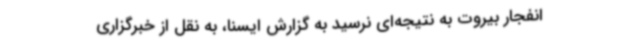
انفجار بیروت به نتیجه‌ای نرسید به گزارش ایسنا، به نقل از خبرگزاری